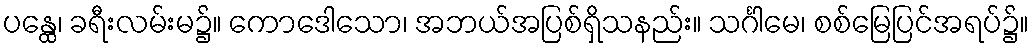
ပန္ထေ၊ ခရီးလမ်းမ၌။ ကောဒေါသော၊ အဘယ်အပြစ်ရှိသနည်း။ သင်္ဂါမေ၊ စစ်မြေပြင်အရပ်၌။